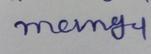
Signature authenticity: forged